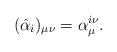
LaTeX: \begin{align*}(\hat{\alpha}_i)_{\mu\nu} = \alpha^{i \nu}_{\mu} .\end{align*}